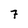
Character: 7